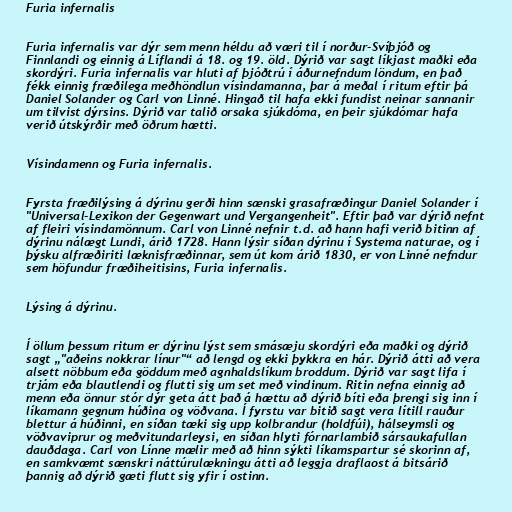
Furia infernalis

Furia infernalis var dýr sem menn héldu að væri til í norður-Svíþjóð og
Finnlandi og einnig á Líflandi á 18. og 19. öld. Dýrið var sagt líkjast maðki eða
skordýri. Furia infernalis var hluti af þjóðtrú í áðurnefndum löndum, en það
fékk einnig fræðilega meðhöndlun vísindamanna, þar á meðal í ritum eftir þá
Daniel Solander og Carl von Linné. Hingað til hafa ekki fundist neinar sannanir
um tilvist dýrsins. Dýrið var talið orsaka sjúkdóma, en þeir sjúkdómar hafa
verið útskýrðir með öðrum hætti.

Vísindamenn og Furia infernalis.

Fyrsta fræðilýsing á dýrinu gerði hinn sænski grasafræðingur Daniel Solander í
"Universal-Lexikon der Gegenwart und Vergangenheit". Eftir það var dýrið nefnt
af fleiri vísindamönnum. Carl von Linné nefnir t.d. að hann hafi verið bitinn af
dýrinu nálægt Lundi, árið 1728. Hann lýsir síðan dýrinu í Systema naturae, og í
þýsku alfræðiriti læknisfræðinnar, sem út kom árið 1830, er von Linné nefndur
sem höfundur fræðiheitisins, Furia infernalis.

Lýsing á dýrinu.

Í öllum þessum ritum er dýrinu lýst sem smásæju skordýri eða maðki og dýrið
sagt „"aðeins nokkrar línur"“ að lengd og ekki þykkra en hár. Dýrið átti að vera
alsett nöbbum eða göddum með agnhaldslíkum broddum. Dýrið var sagt lifa í
trjám eða blautlendi og flutti sig um set með vindinum. Ritin nefna einnig að
menn eða önnur stór dýr geta átt það á hættu að dýrið bíti eða þrengi sig inn í
líkamann gegnum húðina og vöðvana. Í fyrstu var bitið sagt vera lítill rauður
blettur á húðinni, en síðan tæki sig upp kolbrandur (holdfúi), hálseymsli og
vöðvaviprur og meðvitundarleysi, en síðan hlyti fórnarlambið sársaukafullan
dauðdaga. Carl von Línne mælir með að hinn sýkti líkamspartur sé skorinn af,
en samkvæmt sænskri náttúrulækningu átti að leggja draflaost á bitsárið
þannig að dýrið gæti flutt sig yfir í ostinn.